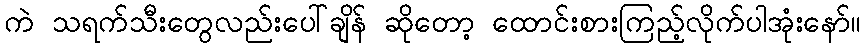
ကဲ သရက်သီးတွေလည်းပေါ်ချိန် ဆိုတော့ ထောင်းစားကြည့်လိုက်ပါအုံးနော်။